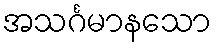
အသင်္ဂမာနသော